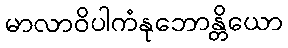
မာလာဝိပါကံနုဘောန္တိယော